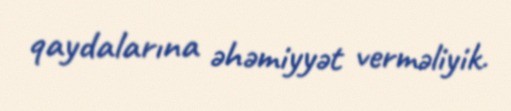
qaydalarına əhəmiyyət verməliyik.